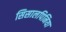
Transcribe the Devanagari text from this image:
सिसालपिनिया